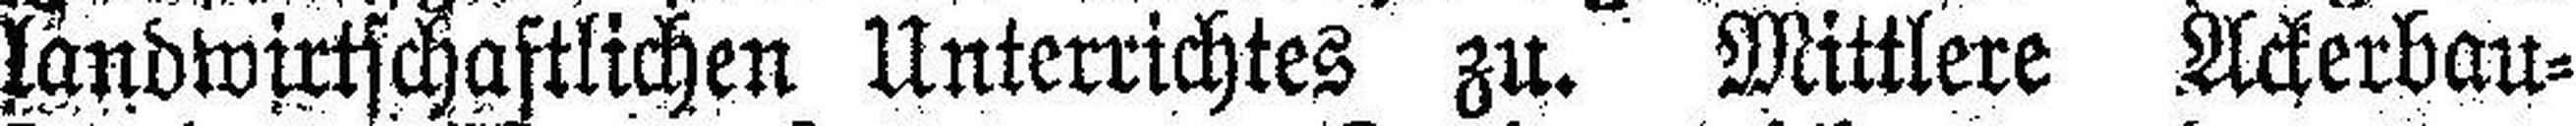
landwirtschaftlichen Unterrichtes zu. Mittlere Ackerbau¬